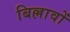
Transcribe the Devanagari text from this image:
बिल्लावों